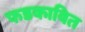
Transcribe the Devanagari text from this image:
फडकावित